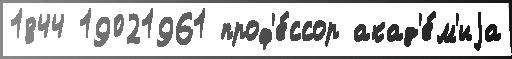
1844 19021961 проф'е́ссор акад'е́м'иjа